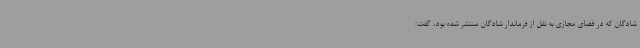
شادگان که در فضای مجازی به نقل از فرماندار شادگان منتشر شده بود، گفت: